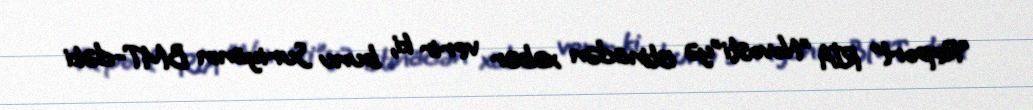
“Report” RİA "Novosti"yə istinadən xəbər verir ki, bunu Suriyanın BMT-dəki